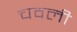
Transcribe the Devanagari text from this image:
चवली